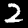
Digit: 2